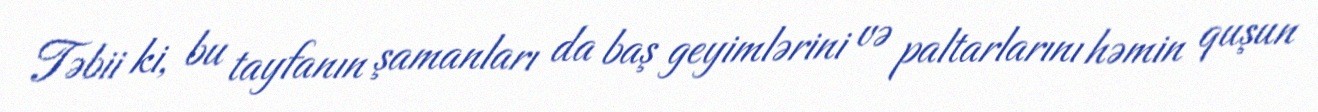
Təbii ki, bu tayfanın şamanları da baş geyimlərini və paltarlarını həmin quşun